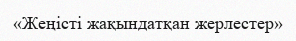
«Жеңісті жақындатқан жерлестер»